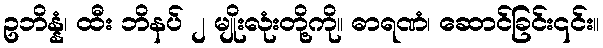
ဥဘိန္နံ၊ ထီး ဘိနပ် ၂ မျိုးလုံးတို့ကို။ ဓာရဏံ၊ ဆောင်ခြင်း၎င်း။